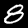
Label: 8